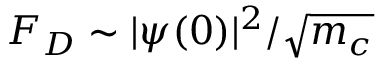
F _ { D } \sim \vert \psi ( 0 ) \vert ^ { 2 } / \sqrt { m _ { c } }